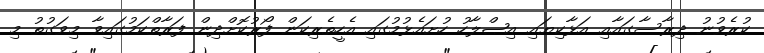
ކުރެވުނު ދިރާސާގައާއި އަޅާކިޔައި އިޞްލާހު ހުށައެޅުމުގައި އެހީތެރިކަން ފޯރުކޮށްދިން ފަރާތްކަމުގައިވާ މިވަގުތު މި